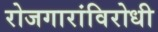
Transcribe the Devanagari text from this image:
रोजगारांविरोधी